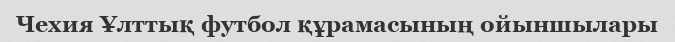
Чехия Ұлттық футбол құрамасының ойыншылары